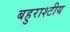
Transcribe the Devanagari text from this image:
बहुराश्टीय